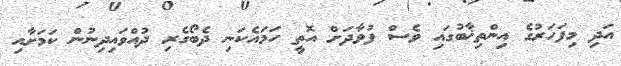
އަދި މިފަހަރުގެ އިންތިޚާބުގައި ވެސް ފުވާދަށް އޮތީ ހަމައެކަނި ދެބޯގެރި ދުއްވައިދިނުން ކަމަށާއި